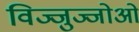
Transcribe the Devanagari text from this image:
विज्जुज्जोओ